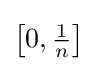
\left[0,{\tfrac {1}{n}}\right]